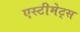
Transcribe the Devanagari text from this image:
एस्टीमेट्स